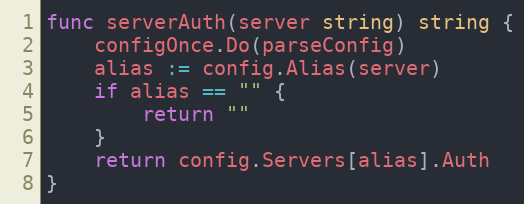
Language: Go
func serverAuth(server string) string {
	configOnce.Do(parseConfig)
	alias := config.Alias(server)
	if alias == "" {
		return ""
	}
	return config.Servers[alias].Auth
}